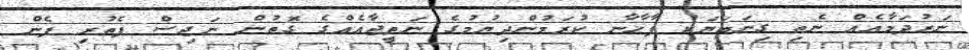
ނަރުދަމާއެއް ނެތި ގިނަބަޔަކު ފާޚާނާ ކުރަމުންދިޔުމުގެ ނަތީޖާއެއްގެ ގޮތުން ނަޖިސް ފެތުރި ފެން